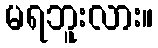
မရဘူးလား။